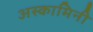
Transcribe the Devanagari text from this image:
अस्कामिनी